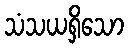
သံသယရှိသော